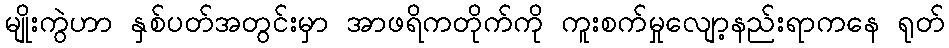
မျိုးကွဲဟာ နှစ်ပတ်အတွင်းမှာ အာဖရိကတိုက်ကို ကူးစက်မှုလျော့နည်းရာကနေ ရုတ်